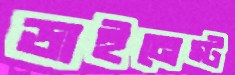
ডাইনেস্ট